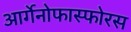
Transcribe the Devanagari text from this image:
आर्गेनोफास्फोरस